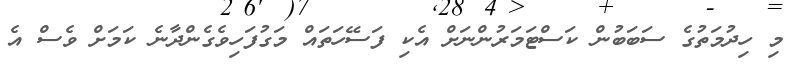
މި ހިދުމަތުގެ ސަބަބުން ކަސްޓަމަރުންނަށް އެކި ފަސޭހަތައް މަގުފަހިވެގެންދާނެ ކަމަށް ވެސް އެ